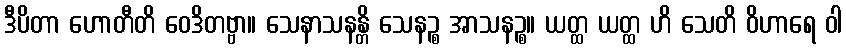
ဒီပိတာ ဟောတီတိ ဝေဒိတဗ္ဗာ။ သေနာသနန္တိ သေနဉ္စ အာသနဉ္စ။ ယတ္ထ ယတ္ထ ဟိ သေတိ ဝိဟာရေ ဝါ